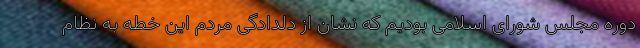
دوره مجلس شورای اسلامی بودیم که نشان از دلدادگی مردم این خطه به نظام